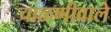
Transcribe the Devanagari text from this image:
चाळणीवाले